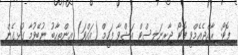
ފޮޓޯ: ރާއްޖެއެމްވީ ފޮޓޯ ޖާރނަލިސްޓް އަޝްވާ ފަހީމް (އައްވަ) އިންތިހާބު ނުބޭވުމާ ގުޅިގެން